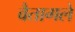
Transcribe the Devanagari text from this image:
वैतागले